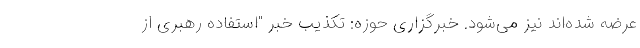
عرضه شده‌اند نیز می‌شود. خبرگزاری حوزه: تکذیب خبر "استفاده رهبری از